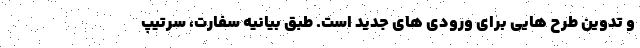
و تدوین طرح هایی برای ورودی های جدید است. طبق بیانیه سفارت، سرتیپ